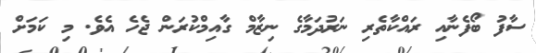
ސާފު ބޯފެނާއި ރައްކާތެރި ނަރުދަމާގެ ނިޒާމް ގާއިމްކުރަން ޖެހެ އެވެ. މި ކަމަށް